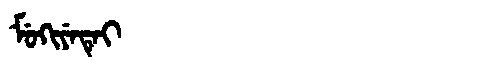
Manchu: ᠮᡠᡴᡳᠶᡝᡨᡝᡳ
Romanization: MUKIYETEI